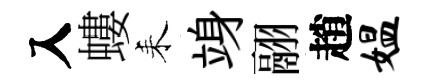
入螻耒竧翮趙媪